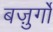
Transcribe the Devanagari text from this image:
बज़ुर्गों